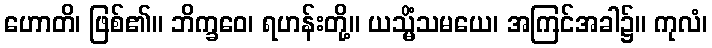
ဟောတိ၊ ဖြစ်၏။ ဘိက္ခဝေ၊ ရဟန်းတို့။ ယသ္မိံသမယေ၊ အကြင်အခါ၌။ ကုလံ၊